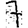
Digit: 7